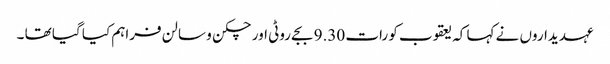
عہدیداروں نے کہا کہ یعقوب کو رات 9.30 بجے روٹی اور چکن و سالن فراہم کیا گیا تھا ۔